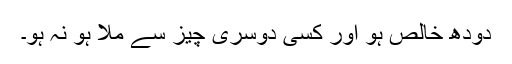
دودھ خالص ہو اور کسی دوسری چیز سے ملا ہو نہ ہو۔